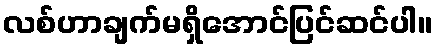
လစ်ဟာချက်မရှိအောင်ပြင်ဆင်ပါ။